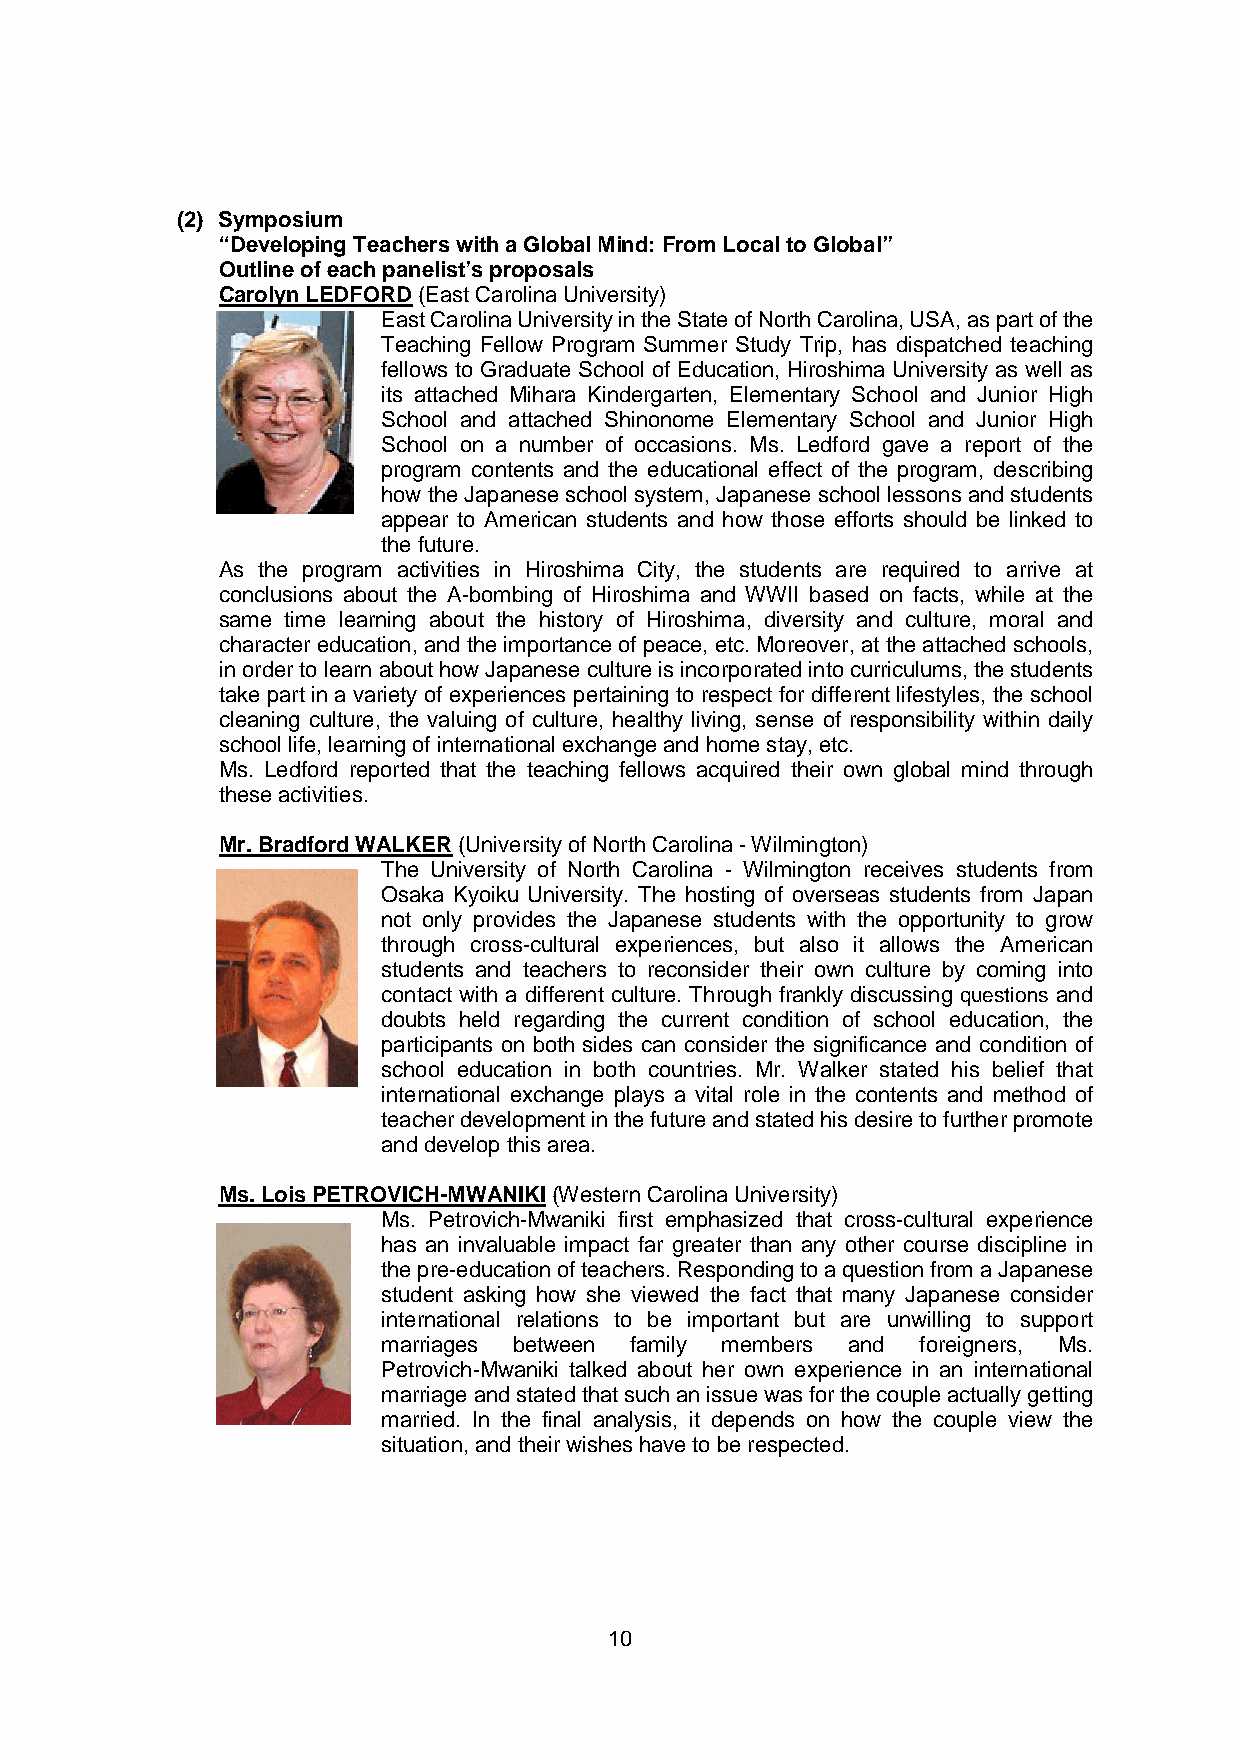
(2) Symposium
 “Developing Teachers with a Global Mind: From Local to Global”
 Outline of each panelist’s proposals
 Carolyn LEDFORD(East Carolina University)
 East Carolina University in the State of North Carolina, USA, as part of the
 Teaching Fellow Program Summer Study Trip, has dispatched teaching
 fellows to Graduate School of Education, Hiroshima University as well as
 its attached Mihara Kindergarten, Elementary School and Junior High
 School and attached Shinonome Elementary School and Junior High
 School on a number of occasions. Ms. Ledford gave a report of the
 program contents and the educational effect of the program, describing
 how the Japanese school system, Japanese school lessons and students
 appear to American students and how those efforts should be linked to
 the future.
 As the program activities in Hiroshima City, the students are required to arrive at
 conclusions about the A-bombing of Hiroshima and WWII based on facts, while at the
 same time learning about the history of Hiroshima, diversity and culture, moral and
 character education, and the importance of peace, etc. Moreover, at the attached schools,
 in order to learn about how Japanese culture is incorporated into curriculums, the students
 take part in a variety of experiences pertaining to respect for different lifestyles, the school
 cleaning culture, the valuing of culture, healthy living, sense of responsibility within daily
 school life, learning of international exchange and home stay, etc.
 Ms. Ledford reported that the teaching fellows acquired their own global mind through
 these activities.
 Mr. Bradford WALKER(University of North Carolina - Wilmington)
 The University of North Carolina - Wilmington receives students from
 Osaka Kyoiku University. The hosting of overseas students from Japan
 not only provides the Japanese students with the opportunity to grow
 through cross-cultural experiences, but also it allows the American
 students and teachers to reconsider their own culture by coming into
 contact with a different culture. Through frankly discussing questions and
 doubts held regarding the current condition of school education, the
 participants on both sides can consider the significance and condition of
 school education in both countries. Mr. Walker stated his belief that
 international exchange plays a vital role in the contents and method of
 teacher development in the future and stated his desire to further promote
 and develop this area.
 Ms. Lois PETROVICH-MWANIKI(Western Carolina University)
 Ms. Petrovich-Mwaniki first emphasized that cross-cultural experience
 has an invaluable impact far greater than any other course discipline in
 the pre-education of teachers. Responding to a question from a Japanese
 student asking how she viewed the fact that many Japanese consider
 international relations to be important but are unwilling to support
 marriages between family members and foreigners, Ms.
 Petrovich-Mwaniki talked about her own experience in an international
 marriage and stated that such an issue was for the couple actually getting
 married. In the final analysis, it depends on how the couple view the
 situation, and their wishes have to be respected.
 10